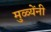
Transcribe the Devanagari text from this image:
मुळ्येंनी